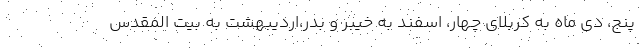
پنج، دی ماه به کربلای چهار، اسفند به خیبر و بدر،اردیبهشت به بیت المقدس